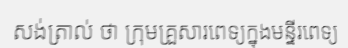
សង់ត្រាល់ ថា ក្រុមគ្រួសារពេទ្យក្នុងមន្ទីរពេទ្យ